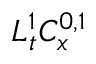
L _ { t } ^ { 1 } C _ { x } ^ { 0 , 1 }